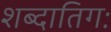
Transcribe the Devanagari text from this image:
शब्दातिगः